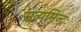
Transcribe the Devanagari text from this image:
सत्यमिन्द्रः